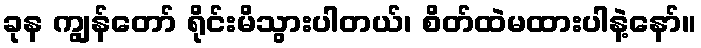
ခုန ကျွန်တော် ရိုင်းမိသွားပါတယ်၊ စိတ်ထဲမထားပါနဲ့နော်။